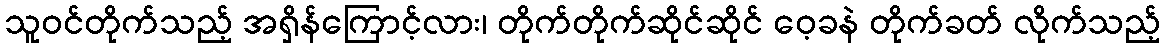
သူဝင်တိုက်သည့် အရှိန်ကြောင့်လား၊ တိုက်တိုက်ဆိုင်ဆိုင် ဝေ့ခနဲ တိုက်ခတ် လိုက်သည့်